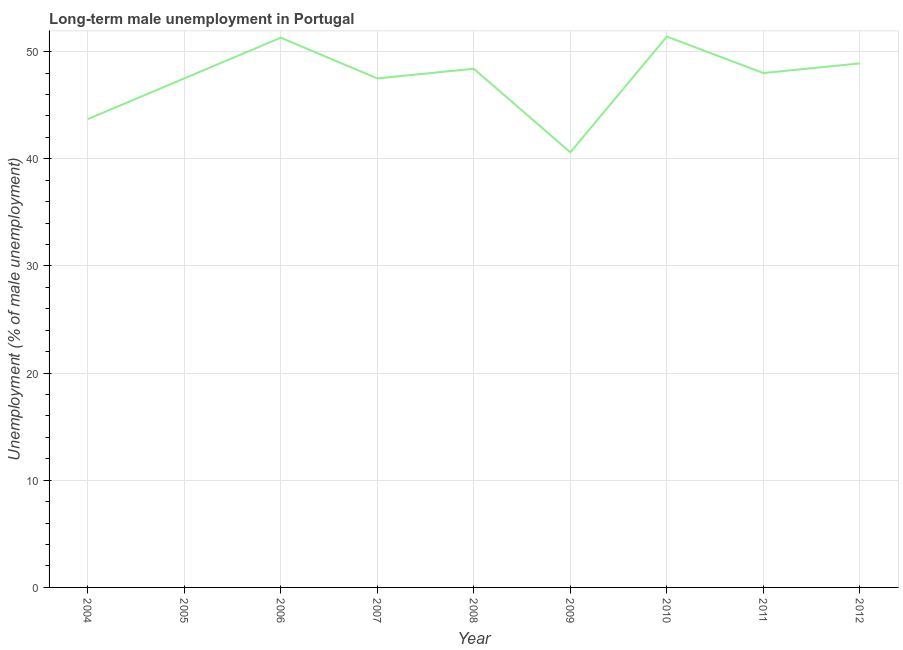
| Year | Long-term unemployment male |
 | --- | --- |
 | 2004 | 43.7 |
 | 2005 | 47.5 |
 | 2006 | 51.3 |
 | 2007 | 47.5 |
 | 2008 | 48.4 |
 | 2009 | 40.6 |
 | 2010 | 51.4 |
 | 2011 | 48 |
 | 2012 | 48.9 |